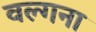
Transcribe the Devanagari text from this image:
वल्गना